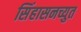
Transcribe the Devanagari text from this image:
सिंहासनच्युत